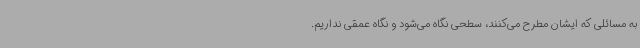
به مسائلی که ایشان مطرح می‌کنند، سطحی نگاه می‌شود و نگاه عمقی نداریم.